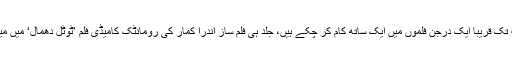
انیل کپور اور مادھوری ڈکشٹ جو اب تک قریبا ایک درجن فلموں میں ایک ساتھ کام کر چکے ہیں، جلد ہی فلم ساز اندرا کمار کی رومانٹک کامیڈی فلم ’ٹوٹل دھمال‘ میں میاں بیوی کے روپ میں نظر آئیں گے۔